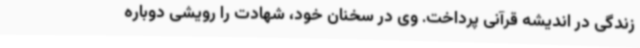
زندگی در اندیشه قرآنی پرداخت. وی در سخنان خود، شهادت را رویشی دوباره